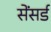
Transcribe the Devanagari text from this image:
सेंसर्ड